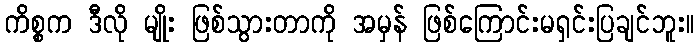
ကိစ္စက ဒီလို မျိုး ဖြစ်သွားတာကို အမှန် ဖြစ်ကြောင်းမရှင်းပြချင်ဘူး။